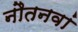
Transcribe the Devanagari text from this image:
नौतनवां